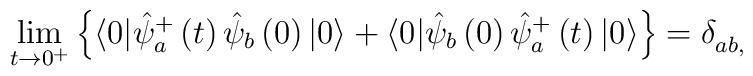
\lim_{t\rightarrow 0^{+}}\left\{ \langle 0|\hat{\psi}_a^{+}\left( t\right) \hat{\psi}_b\left( 0\right) |0\rangle +\langle 0|\hat{\psi}_b\left( 0\right) \hat{\psi}_a^{+}\left( t\right) |0\rangle \right\} =\delta _{ab,}^{}